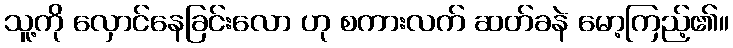
သူ့ကို လှောင်နေခြင်းလော ဟု စကားလက် ဆတ်ခနဲ မော့ကြည့်၏။